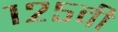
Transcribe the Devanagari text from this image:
१२५वी